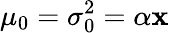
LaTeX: \mu_{0}=\sigma_{0}^{2}=\alpha\mathbf{x}